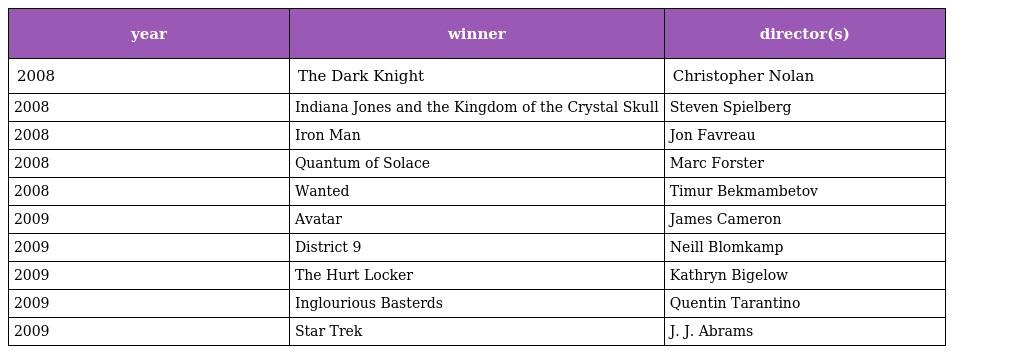
| year | winner | director(s) |
 | --- | --- | --- |
 | 2008 | The Dark Knight | Christopher Nolan |
 | 2008 | Indiana Jones and the Kingdom of the Crystal Skull | Steven Spielberg |
 | 2008 | Iron Man | Jon Favreau |
 | 2008 | Quantum of Solace | Marc Forster |
 | 2008 | Wanted | Timur Bekmambetov |
 | 2009 | Avatar | James Cameron |
 | 2009 | District 9 | Neill Blomkamp |
 | 2009 | The Hurt Locker | Kathryn Bigelow |
 | 2009 | Inglourious Basterds | Quentin Tarantino |
 | 2009 | Star Trek | J. J. Abrams |